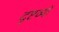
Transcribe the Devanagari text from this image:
दृष्टव्यों